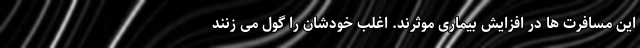
این مسافرت ها در افزایش بیماری موثرند. اغلب خودشان را گول می زنند